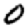
Digit: 0